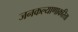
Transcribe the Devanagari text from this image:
जनकल्याणाकरिता